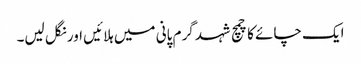
ایک چائے کا چمچ شہد گرم پانی میں ہلائیں اور نگل لیں۔